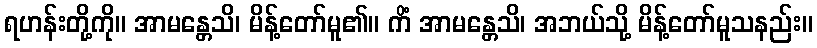
ရဟန်းတို့ကို။ အာမန္တေသိ၊ မိန့်တော်မူ၏။ ကိံ အာမန္တေသိ၊ အဘယ်သို့ မိန့်တော်မူသနည်း။